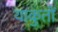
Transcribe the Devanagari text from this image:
याकुतों